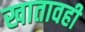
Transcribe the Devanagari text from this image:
खातावही